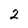
Character: 2